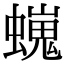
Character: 𧑵